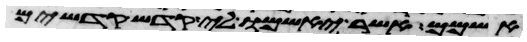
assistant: אשמם אשר יאשמו לי קדש קדשים